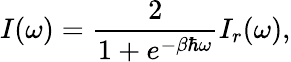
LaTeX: I(\omega)=\frac{2}{1+e^{-\beta\hbar\omega}}I_{r}(\omega),